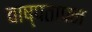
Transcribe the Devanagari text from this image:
वाष्पतापन